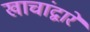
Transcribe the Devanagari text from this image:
खाचांद्वारे